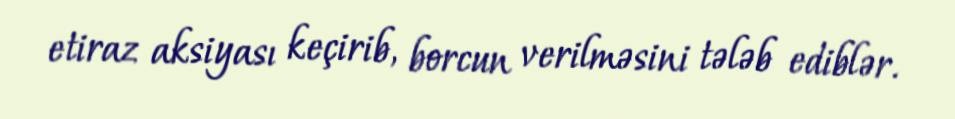
etiraz aksiyası keçirib, borcun verilməsini tələb ediblər.